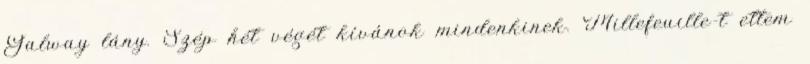
Galway lány. Szép hét végét kívánok mindenkinek. Millefeuille-t ettem